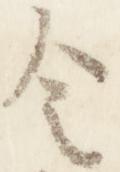
令